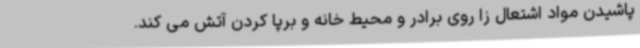
پاشیدن مواد اشتعال زا روی برادر و محیط خانه و برپا کردن آتش می کند.